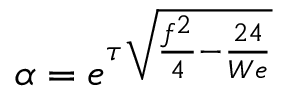
\alpha = e ^ { \tau \sqrt { \frac { f ^ { 2 } } { 4 } - \frac { 2 4 } { W e } } }